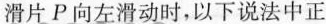
滑片P向左滑动时，以下说法中正